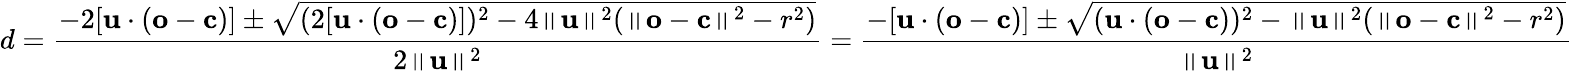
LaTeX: d={\frac{-2[\mathbf{u}\cdot(\mathbf{o}-\mathbf{c})]\pm{\sqrt{(2[\mathbf{u}\cdot(\mathbf{o}-\mathbf{c})])^{2}-4\left\Vert\mathbf{u}\right\Vert^{2}(\left\Vert\mathbf{o}-\mathbf{c}\right\Vert^{2}-r^{2})}}}{2\left\Vert\mathbf{u}\right\Vert^{2}}}={\frac{-[\mathbf{u}\cdot(\mathbf{o}-\mathbf{c})]\pm{\sqrt{(\mathbf{u}\cdot(\mathbf{o}-\mathbf{c}))^{2}-\left\Vert\mathbf{u}\right\Vert^{2}(\left\Vert\mathbf{o}-\mathbf{c}\right\Vert^{2}-r^{2})}}}{\left\Vert\mathbf{u}\right\Vert^{2}}}